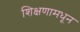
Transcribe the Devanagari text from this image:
शिक्षणामधून